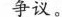
争议。